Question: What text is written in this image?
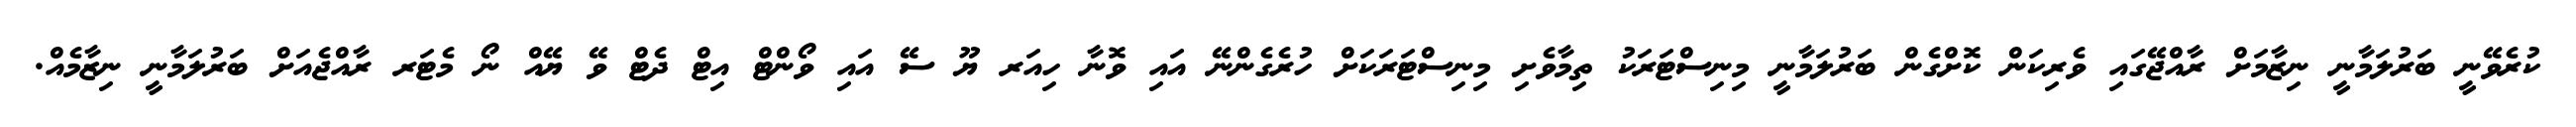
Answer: ކުރެވޭނީ ބަރުލަމާނީ ނިޒާމަށް ރާއްޖޭގައި ވެރިކަން ކޮށްގެން ބަރުލަމާނީ މިނިސްޓަރަކު ތިމާވެށި މިނިސްޓަރަކަށް ހުރެގެންނޭ އައި ވޮނާ ހިއަރ ޔޫ ސޭ އައި ވޯންޓް އިޓް ދެޓް ވޭ ޔޭއް ނޯ މެޓަރ ރާއްޖެއަށް ބަރުލަމާނީ ނިޒާމެއް.